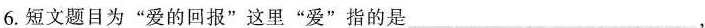
6.短文题目为”爱的回报”这里”爱”指的是___ ，